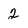
Character: 2